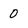
Character: 0